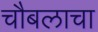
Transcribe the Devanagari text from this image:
चौबलाचा